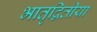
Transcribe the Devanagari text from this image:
भातृद्वितीया